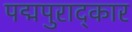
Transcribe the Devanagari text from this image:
पद्मपुराद्कार